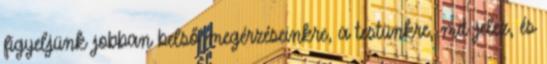
figyeljünk jobban belső megérzéseinkre, a testünkre, mit jelez, és